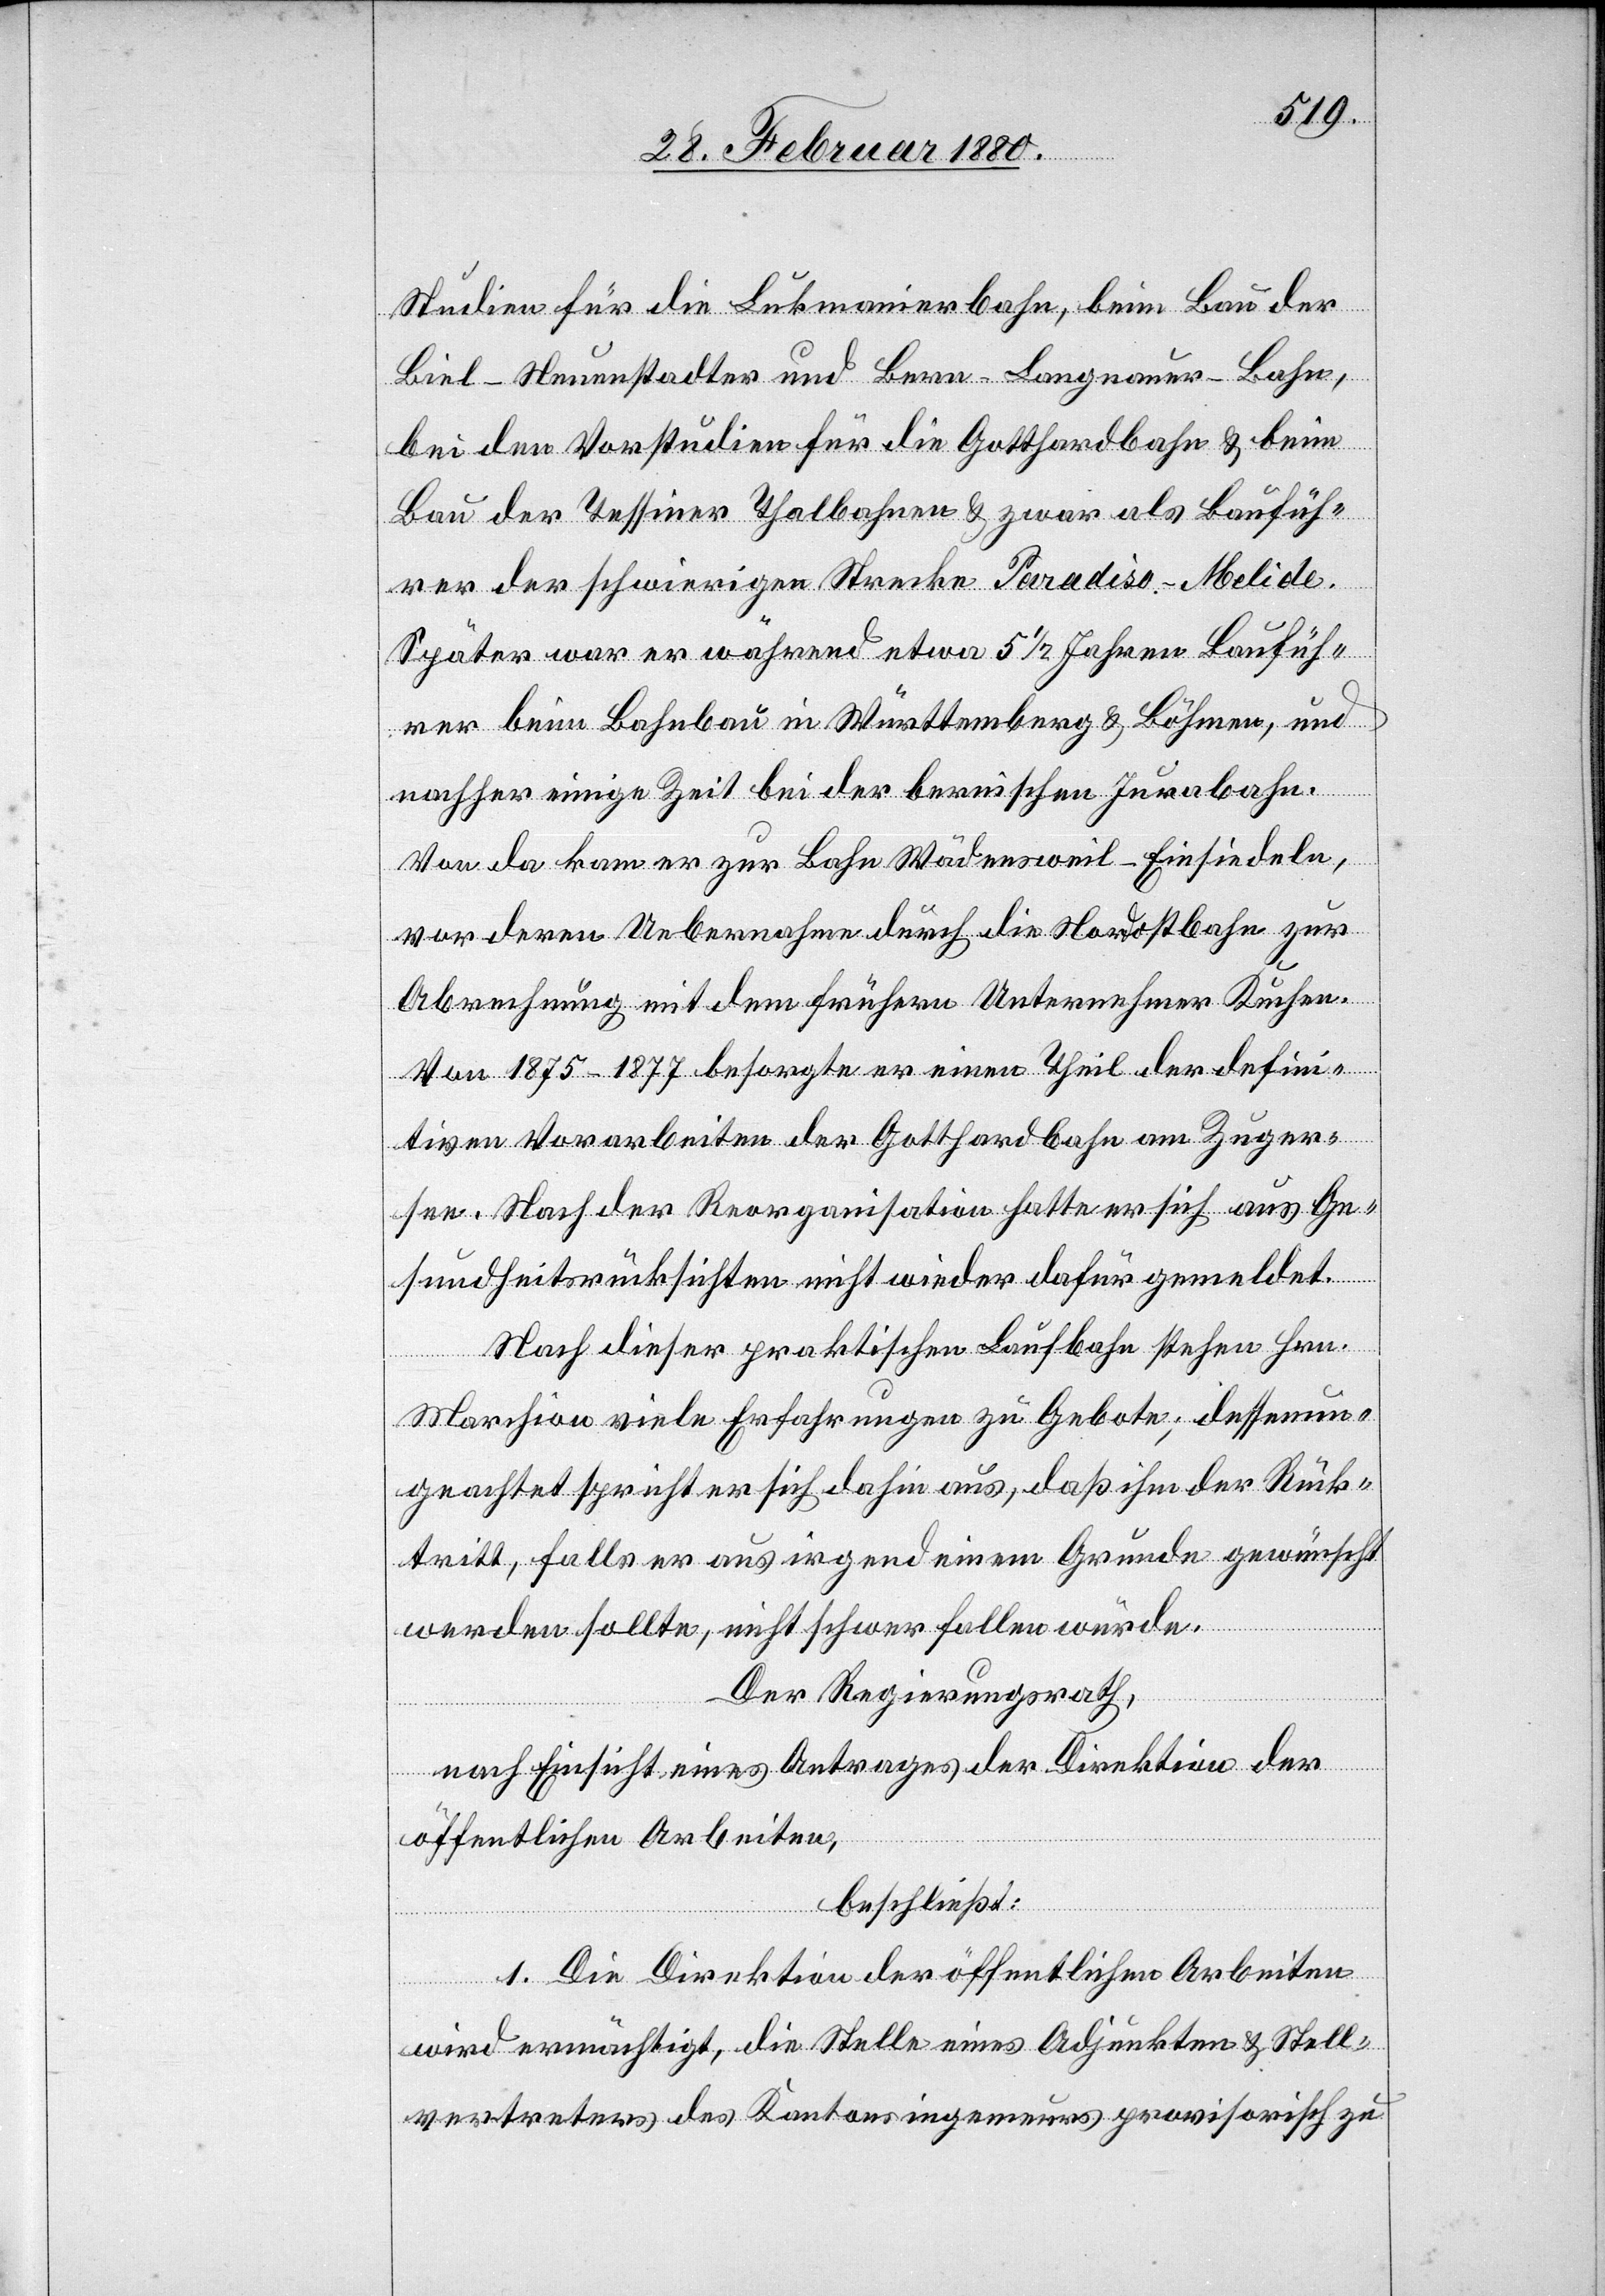
Studien für die Lukmanierbahn, beim Bau der
Biel–Neuenstadter und Bern–Langnau-Bahn,
bei den Vorstudien für die Gotthardbahn & beim
Bau der Tessiner Thalbahnen & zwar als Baufüh¬
rer der schwierigen Strecke Paradiso–Melide.
Später war er während etwa 5 1/2 Jahren Baufüh¬
rer beim Bahnbau in Württemberg & Böhmen, und
nachher einige Zeit bei der bernischen Jurabahn.
Von da kam er zur Bahn Wädensweil–Einsiedeln,
vor deren Uebernahme durch die Nordostbahn zur
Abrechnung mit dem frühern Unternehmer Kuchen.
Von 1875–1877 besorgte er einen Theil der defini¬
tiven Vorarbeiten der Gotthardbahn am Zuger¬
see. Nach der Reorganisation hatte er sich aus Ge¬
sundheitsrücksichten nicht wieder dafür gemeldet.
Nach dieser praktischen Laufbahn stehen Hrn.
Marchion viele Erfahrungen zu Gebote; dessen un¬
geachtet spricht er sich dahin aus, daß ihm der Rück¬
tritt, falls er aus irgend einem Grunde gewünscht
werden sollte, nicht schwer fallen würde.
Der Regierungsrath,
nach Einsicht eines Antrages der Direktion der
öffentlichen Arbeiten,
beschließt:
1. Die Direktion der öffentlichen Arbeiten
wird ermächtigt, die Stelle eines Adjunkten & Stell¬
vertreters des Kantonsingenieurs provisorisch zu